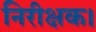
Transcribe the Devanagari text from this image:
निरीक्षक।